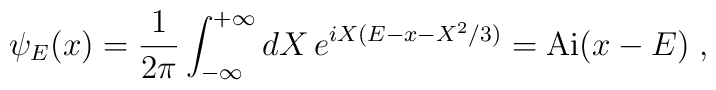
\psi_{E}(x)=\frac{1}{2\pi }\int_{-\infty }^{+\infty}dX\,e^{iX(E-x-X^2/3)}=\mathrm{Ai}(x-E)\;,